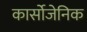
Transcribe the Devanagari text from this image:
कार्सोजेनिक